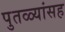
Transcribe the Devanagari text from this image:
पुतळ्यांसह